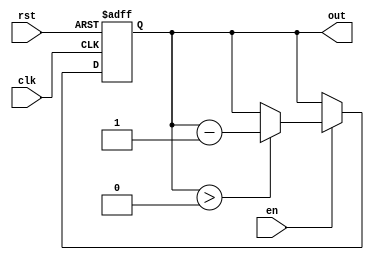
module down_counter_moore (
    input wire clk,      // Clock signal
    input wire rst,      // Asynchronous reset signal
    input wire en,       // Enable signal
    output reg [2:0] out // 3-bit count output (for counting down from 7)
);

    // State encoding
    reg [2:0] state;    // Current state (3 bits for counting down from 7)
    
    // Initial state value
    localparam INITIAL_VALUE = 3'b111; // 7 in binary

    // State transition logic
    always @(posedge clk or posedge rst) begin
        if (rst) begin
            state <= INITIAL_VALUE; // Reset to initial value
        end else if (en) begin
            if (state > 3'b000) begin
                state <= state - 1; // Decrement state
            end
            // If state is 0, it stays at 0
        end
    end

    // Output logic (Moore model)
    always @(state) begin
        out = state; // Output is the current state
    end

endmodule